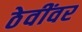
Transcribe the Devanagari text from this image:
ठेवींवर